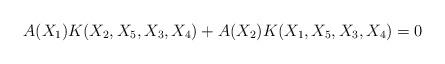
LaTeX: \begin{align*} A(X_1) K(X_2,X_5,X_3,X_4) + A(X_2) K(X_1,X_5,X_3,X_4) = 0\end{align*}